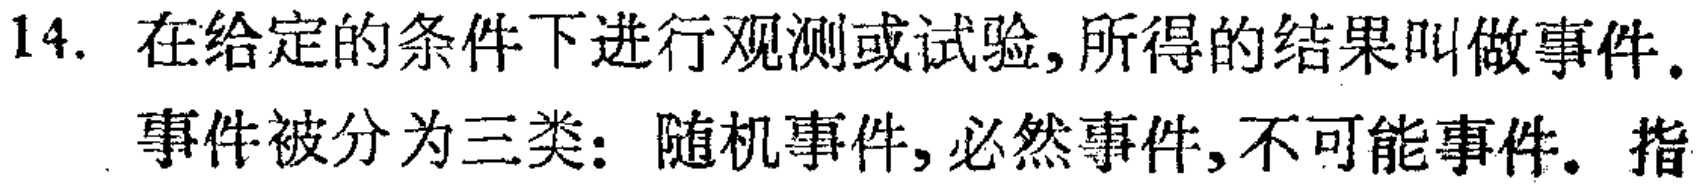
14. 在给定的条件下进行观测或试验,所得的结果叫做事件.
事件被分为三类：随机事件,必然事件,不可能事件. 指